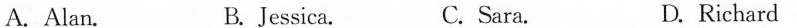
A.Alan. B.Jessica. C.Sara. D.Richard